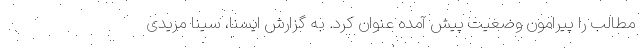
مطالب را پیرامون وضعیت پیش آمده عنوان کرد. به گزارش ایسنا، سینا مریدی